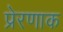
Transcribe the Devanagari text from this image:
प्रेरणाक